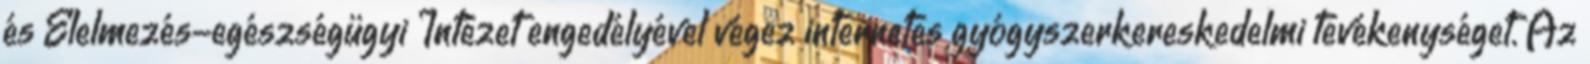
és Élelmezés-egészségügyi Intézet engedélyével végez internetes gyógyszerkereskedelmi tevékenységet. Az